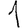
Digit: 1